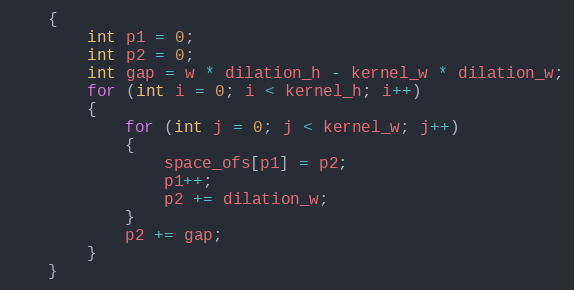
Language: C
    {
        int p1 = 0;
        int p2 = 0;
        int gap = w * dilation_h - kernel_w * dilation_w;
        for (int i = 0; i < kernel_h; i++)
        {
            for (int j = 0; j < kernel_w; j++)
            {
                space_ofs[p1] = p2;
                p1++;
                p2 += dilation_w;
            }
            p2 += gap;
        }
    }